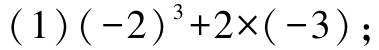
(1)\((-2)^{3}+2\times(-3)\);